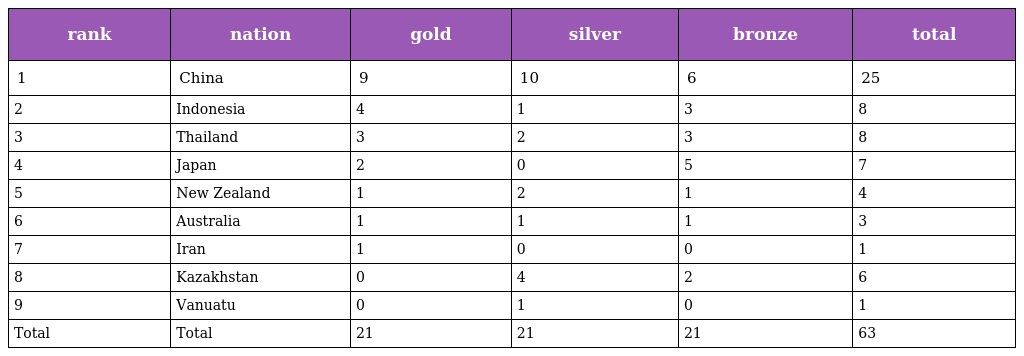
| rank | nation | gold | silver | bronze | total |
 | --- | --- | --- | --- | --- | --- |
 | 1 | China | 9 | 10 | 6 | 25 |
 | 2 | Indonesia | 4 | 1 | 3 | 8 |
 | 3 | Thailand | 3 | 2 | 3 | 8 |
 | 4 | Japan | 2 | 0 | 5 | 7 |
 | 5 | New Zealand | 1 | 2 | 1 | 4 |
 | 6 | Australia | 1 | 1 | 1 | 3 |
 | 7 | Iran | 1 | 0 | 0 | 1 |
 | 8 | Kazakhstan | 0 | 4 | 2 | 6 |
 | 9 | Vanuatu | 0 | 1 | 0 | 1 |
 | Total | Total | 21 | 21 | 21 | 63 |